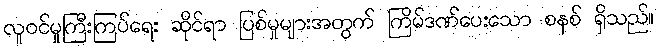
လူဝင်မှုကြီးကြပ်ရေး ဆိုင်ရာ ပြစ်မှုများအတွက် ကြိမ်ဒဏ်ပေးသော စနစ် ရှိသည်။